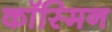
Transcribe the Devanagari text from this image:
कॉस्मिन